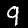
Label: 9